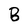
Character: B